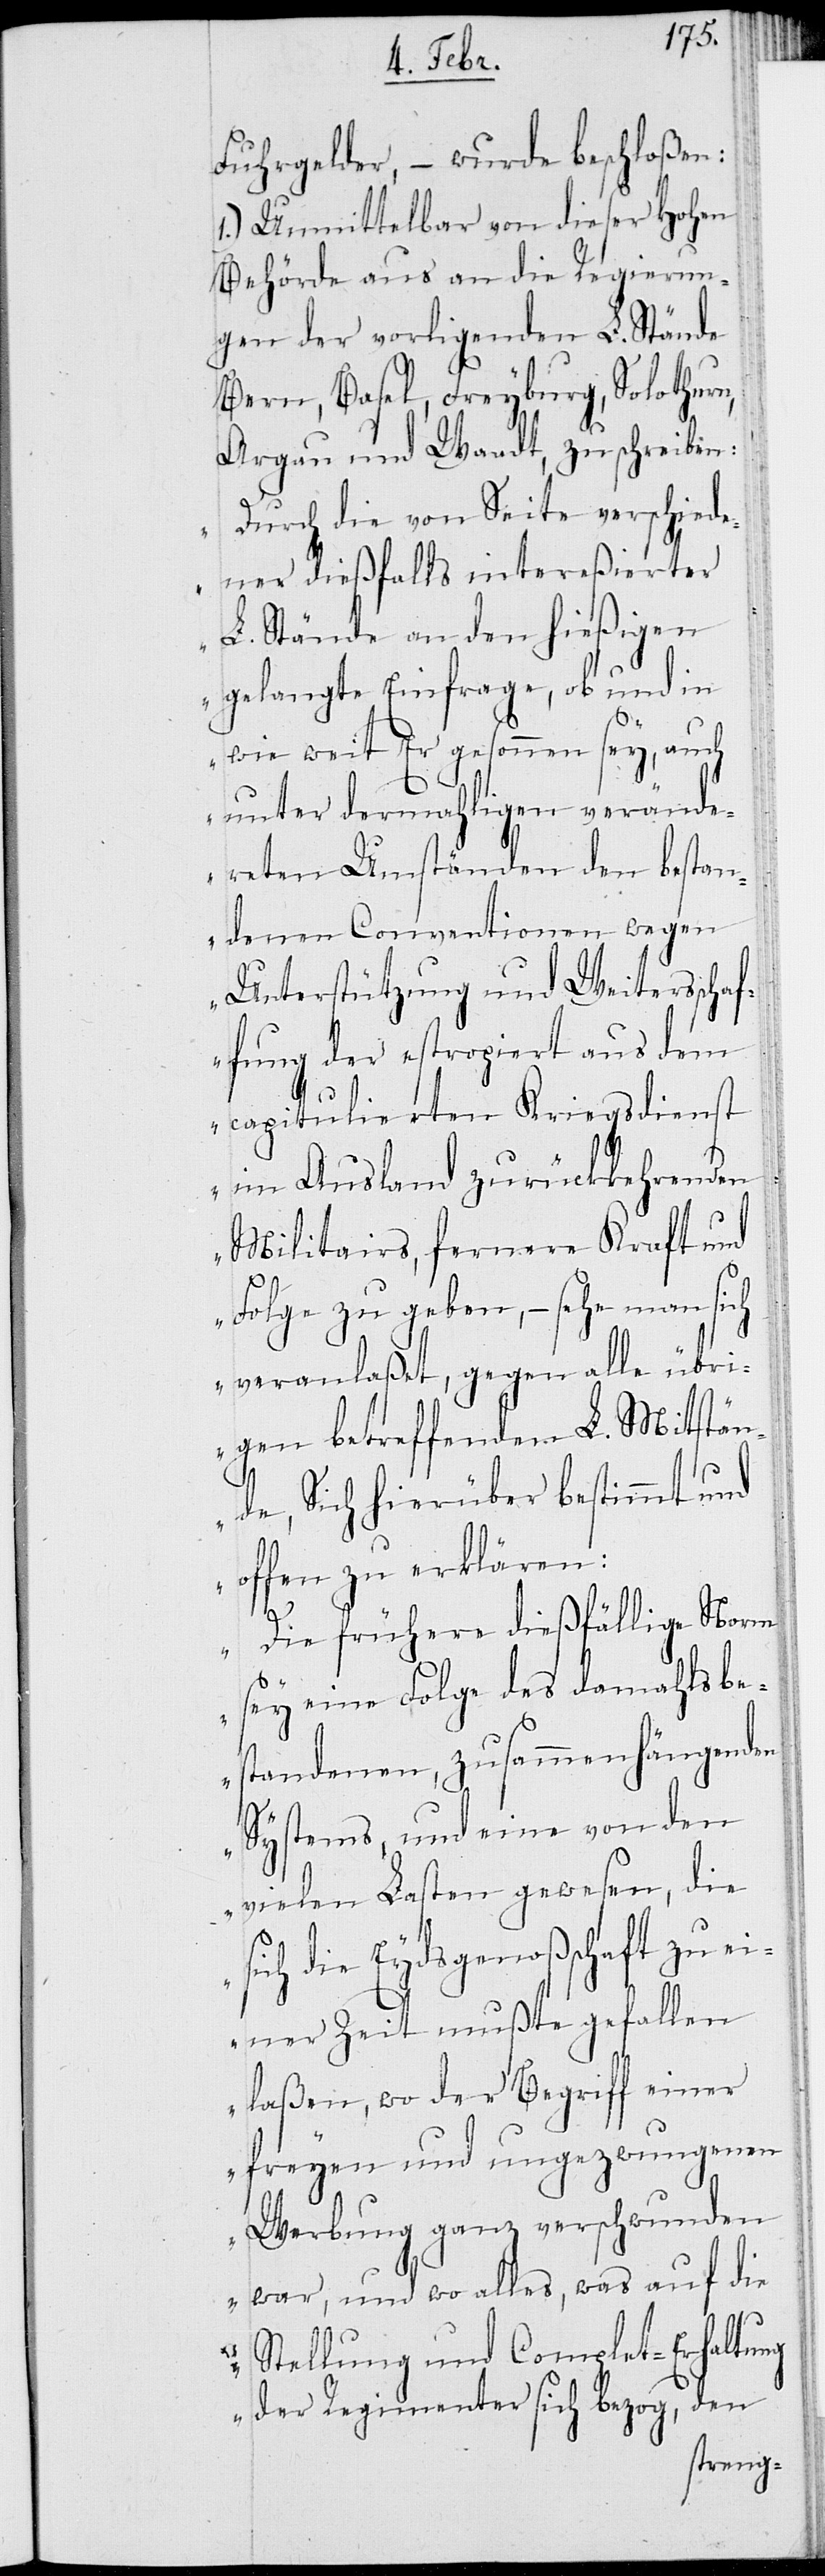
Fuhrgelder, – wurde beschloßen:
1.) Unmittelbar von dieser Hohen
Behörde aus an die Regierun¬
gen der vorliegenden L. Stände
Bern, Basel, Freyburg, Solothurn,
Argau und Waadt, zu schreiben:
„Durch die von Seite verschiede¬
ner dießfalls intereßierter
L. Stände an den hießigen
gelangte Einfrage, ob und in
wie weit Er gesonnen sey, auch
unter dermahligen verände¬
reten Umständen den bestan¬
denen Conventionen wegen
Unterstützung und Weiterschaf¬
fung der estropiert aus dem
capitulierten Kriegsdienst
im Ausland zurückkehrenden
Militairs, fernere Kraft und
Folge zu geben, – sehe man sich
veranlaßet, gegen alle übri¬
gen betreffenden L. Mitstän¬
de, Sich hierüber bestimmt und
offen zu erklären:
Die frühere dießfällige Norm
sey eine Folge des damahls be¬
standenen, zusammenhängenden
Systems, und eine von den
vielen Lasten gewesen, die
ich die Eydsgenoßschaft zu ei¬
s¬
ner Zeit mußte gefallen
laßen, wo der Begriff einer
freyen und ungezwungenen
Werbung ganz verschwunden
war, und wo alles, was auf die
Stellung und Complet-Erhaltung
der Regimenter sich bezog, den